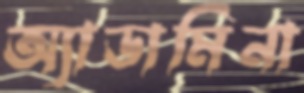
অ্যাডামিনা